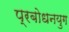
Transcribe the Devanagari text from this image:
प्रबोधनयुग